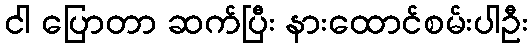
ငါ ပြောတာ ဆက်ပြီး နားထောင်စမ်းပါဦး